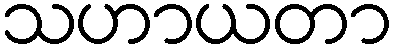
သဟာယတာ